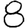
Digit: 8